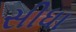
સીધા